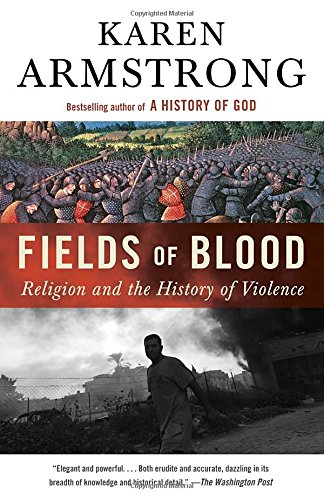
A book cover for Fields of Blood: Religion and the History of Violence; Karen Armstrong; History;